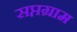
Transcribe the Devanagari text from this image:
सप्तग्राम